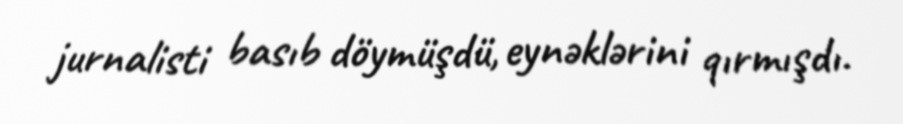
jurnalisti basıb döymüşdü, eynəklərini qırmışdı.